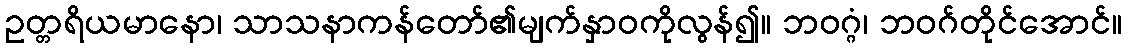
ဥတ္တရိယမာနော၊ သာသနာကန်တော်၏မျက်နှာဝကိုလွန်၍။ ဘဝဂ္ဂံ၊ ဘဝဂ်တိုင်အောင်။